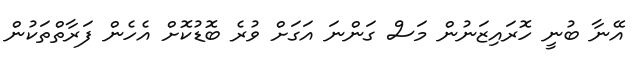
އޭނާ ބުނީ ހޮރައިޒަނުން މަސް ގަންނަ އަގަށް ވުރެ ބޮޑުކޮށް އެހެން ފަރާތްތަކުން